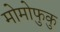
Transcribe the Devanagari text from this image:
मोमोफुकु